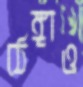
ঠেঙ্গাও